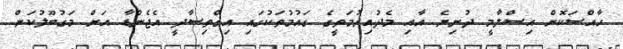
ހާއްސަކޮށް އިސްލާމީ ދުނިޔެ އާއި މެދުއިރުމަތީގެ ގައުމުތަކުގައި އިގްތިސާދީ އެޖެންޑާ އަށް މަގުބޫލުކަން